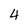
Character: 4